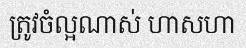
ត្រូវចំល្អណាស់ ហាសហា